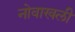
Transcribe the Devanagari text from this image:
नोवाखली